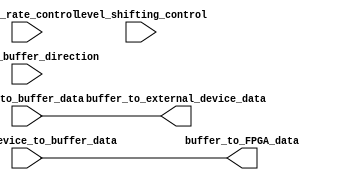
module IOblock_bidirectional_buffer (
    input wire FPGA_to_buffer_data,
    output wire buffer_to_external_device_data,
    input wire external_device_to_buffer_data,
    output wire buffer_to_FPGA_data,
    input wire FPGA_to_buffer_direction,
    input wire [1:0] slew_rate_control,
    input wire [1:0] level_shifting_control
);

    // Verilog code implementation of I/O Blocks Differential bidirectional buffer

    // Buffer driving data from FPGA to external device
    assign buffer_to_external_device_data = FPGA_to_buffer_data;

    // Buffer receiving data from external device to FPGA
    assign buffer_to_FPGA_data = external_device_to_buffer_data;

    // Programmable features 
    // Slew rate control
    // Implement slew rate control logic here

    // Direction control
    // Implement direction control logic here

    // Level shifting
    // Implement level shifting logic here

endmodule